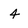
Character: 4